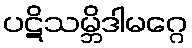
ပဋိသမ္ဘိဒါမဂ္ဂေ